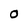
Character: O